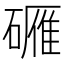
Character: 𬒡